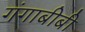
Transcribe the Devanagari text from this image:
गंगाबीबी